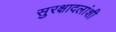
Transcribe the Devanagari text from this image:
सुरक्षादलांशी